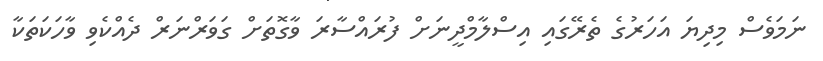
ނަމަވެސް މިދިޔަ އަހަރުގެ ތެރޭގައި އިސްލާމްދީނަށް ފުރައްސާރަ ވާގޮތަށް ގަވަރްނަރް ދެއްކެވި ވާހަކަތަކާ